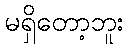
မရှိတော့ဘူး